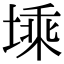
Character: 塖